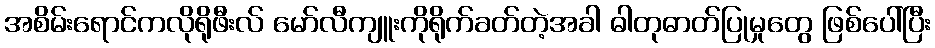
အစိမ်းရောင်ကလိုရိုဖီးလ် မော်လီကျူးကိုရိုက်ခတ်တဲ့အခါ ဓါတုဓာတ်ပြုမှုတွေ ဖြစ်ပေါ်ပြီး